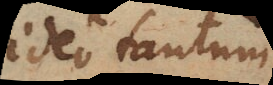
ideo tantum